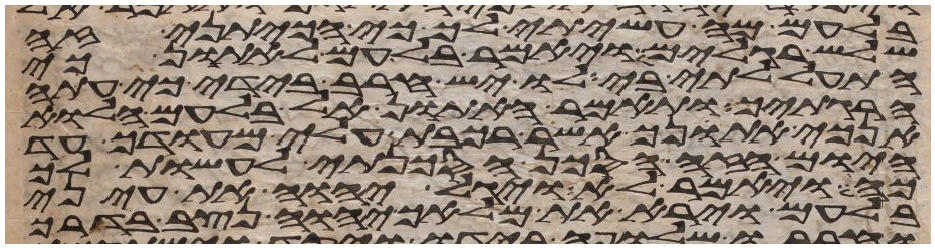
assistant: בלעם מה עשיתי לך כי הכיתני זה
שלש רגלים ויאמר בלעם לאתון כי
התעללתי בי לו יש חרב בידי כי עתה
הרגתיך ותאמר האתון אל בלעם הלוא
אנכי אתנך אשר רכבת עלי מהודך עד
היום הזה הסכן הסכנתי לעשות לך
כה ויאמר לא ויגל יהוה את עיני
בלעם וירא את מלאך יהוה נצב בדרך